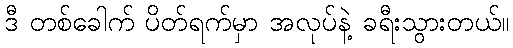
ဒီ တစ်ခေါက် ပိတ်ရက်မှာ အလုပ်နဲ့ ခရီးသွားတယ်။